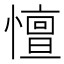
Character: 憻